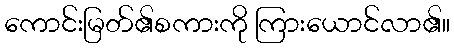
ကောင်းမြတ်၏စကားကို ကြားယောင်လာ၏။